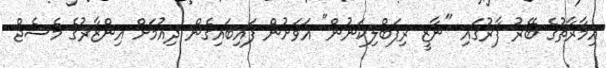
އިމާރާތުގެ ބޭރު ފާރުގައި "ނާޒީ ރިޕަބްލިކަނުން" އަވަށުން ފައިބައިގެން ދިއުމަށް އިންޒާރުގެ މެސެޖް